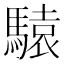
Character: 𲋽